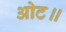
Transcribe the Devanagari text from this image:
ओट॥